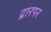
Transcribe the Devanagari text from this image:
द्वारपर